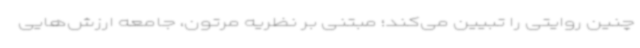
چنین روایتی را تبیین می‌کند؛ مبتنی بر نظریه مرتون، جامعه ارزش‌هایی